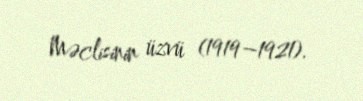
Məclisinin üzvü (1919–1921).